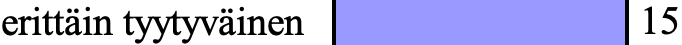
erittäin tyytyväinen  15